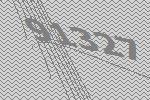
91327